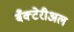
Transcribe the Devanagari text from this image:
बँक्टेरीअल